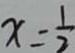
x = \frac { 1 } { 2 }